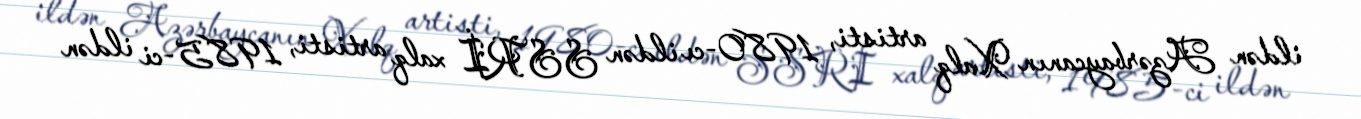
ildən Azərbaycanın Xalq artisti, 1980-cı ildən SSRİ xalq artisti, 1985-ci ildən